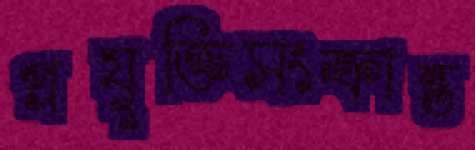
প্রযুক্তিসংক্রান্ত